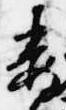
委